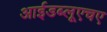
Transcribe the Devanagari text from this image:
आईडब्लूएचए